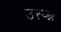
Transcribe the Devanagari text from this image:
उत्त्प्न्न